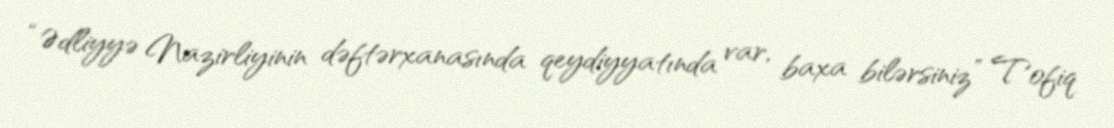
“Ədliyyə Nazirliyinin dəftərxanasında qeydiyyatında var, baxa bilərsiniz” Tofiq